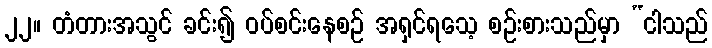
၂၂။ တံတားအသွင် ခင်း၍ ဝပ်စင်းနေစဉ် အရှင်ရသေ့ စဉ်းစားသည်မှာ “ငါသည်